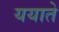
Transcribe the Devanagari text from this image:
ययाते